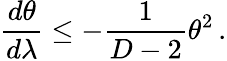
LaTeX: \frac{d\theta}{d\lambda}\leq-\frac{1}{D-2}\theta^{2}\, .